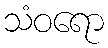
သံဝရော